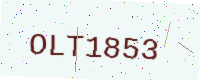
Text: OLT1853